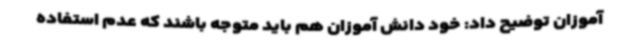
آموزان توضیح داد: خود دانش آموزان هم باید متوجه باشند که عدم استفاده